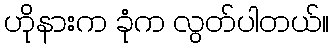
ဟိုနားက ခုံက လွတ်ပါတယ်။